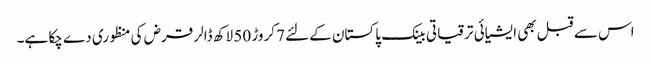
اس سے قبل بھی ایشیائی ترقیاتی بینک پاکستان کےلئے 7 کروڑ 50 لاکھ ڈالر قرض کی منظوری دے چکا ہے۔